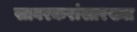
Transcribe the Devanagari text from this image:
सावरकरांसारख्या